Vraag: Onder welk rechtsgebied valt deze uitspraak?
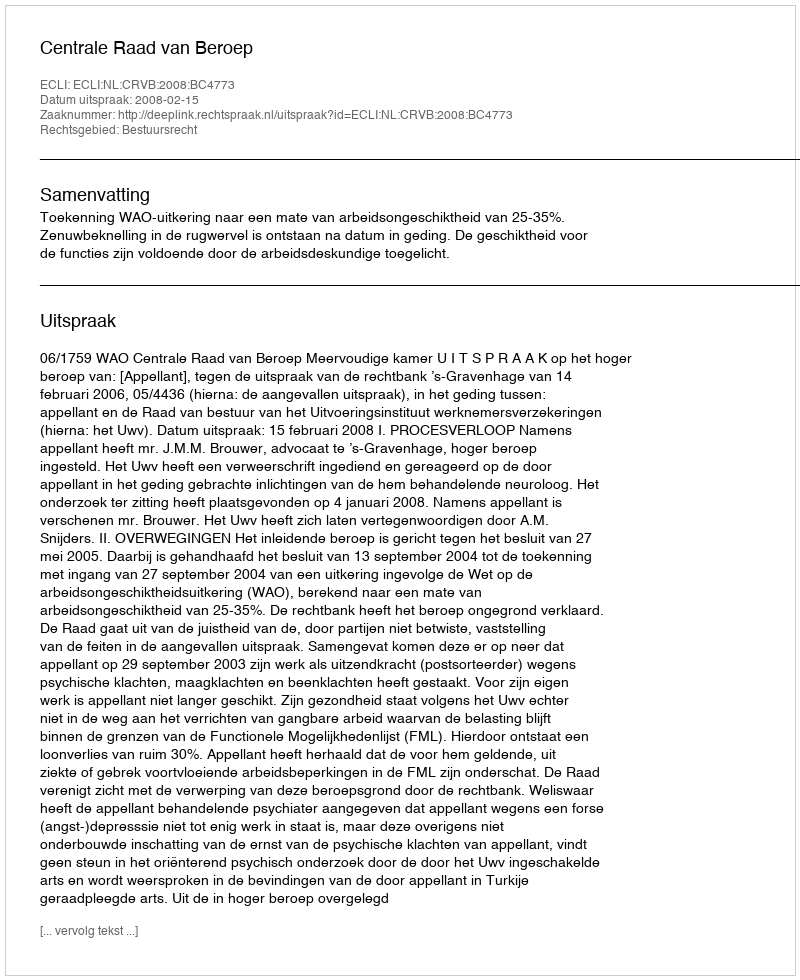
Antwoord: Bestuursrecht